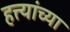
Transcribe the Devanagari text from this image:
हत्त्यांच्या